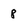
Character: 8